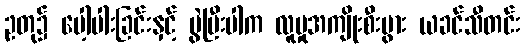
ဥတု၌ ပေါ့ပါးခြင်းနှင့် ပွဲပြီးပါက လူမှုအကျိုးစီးပွား ယခင်သီတင်း